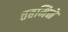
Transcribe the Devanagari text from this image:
तहमिने